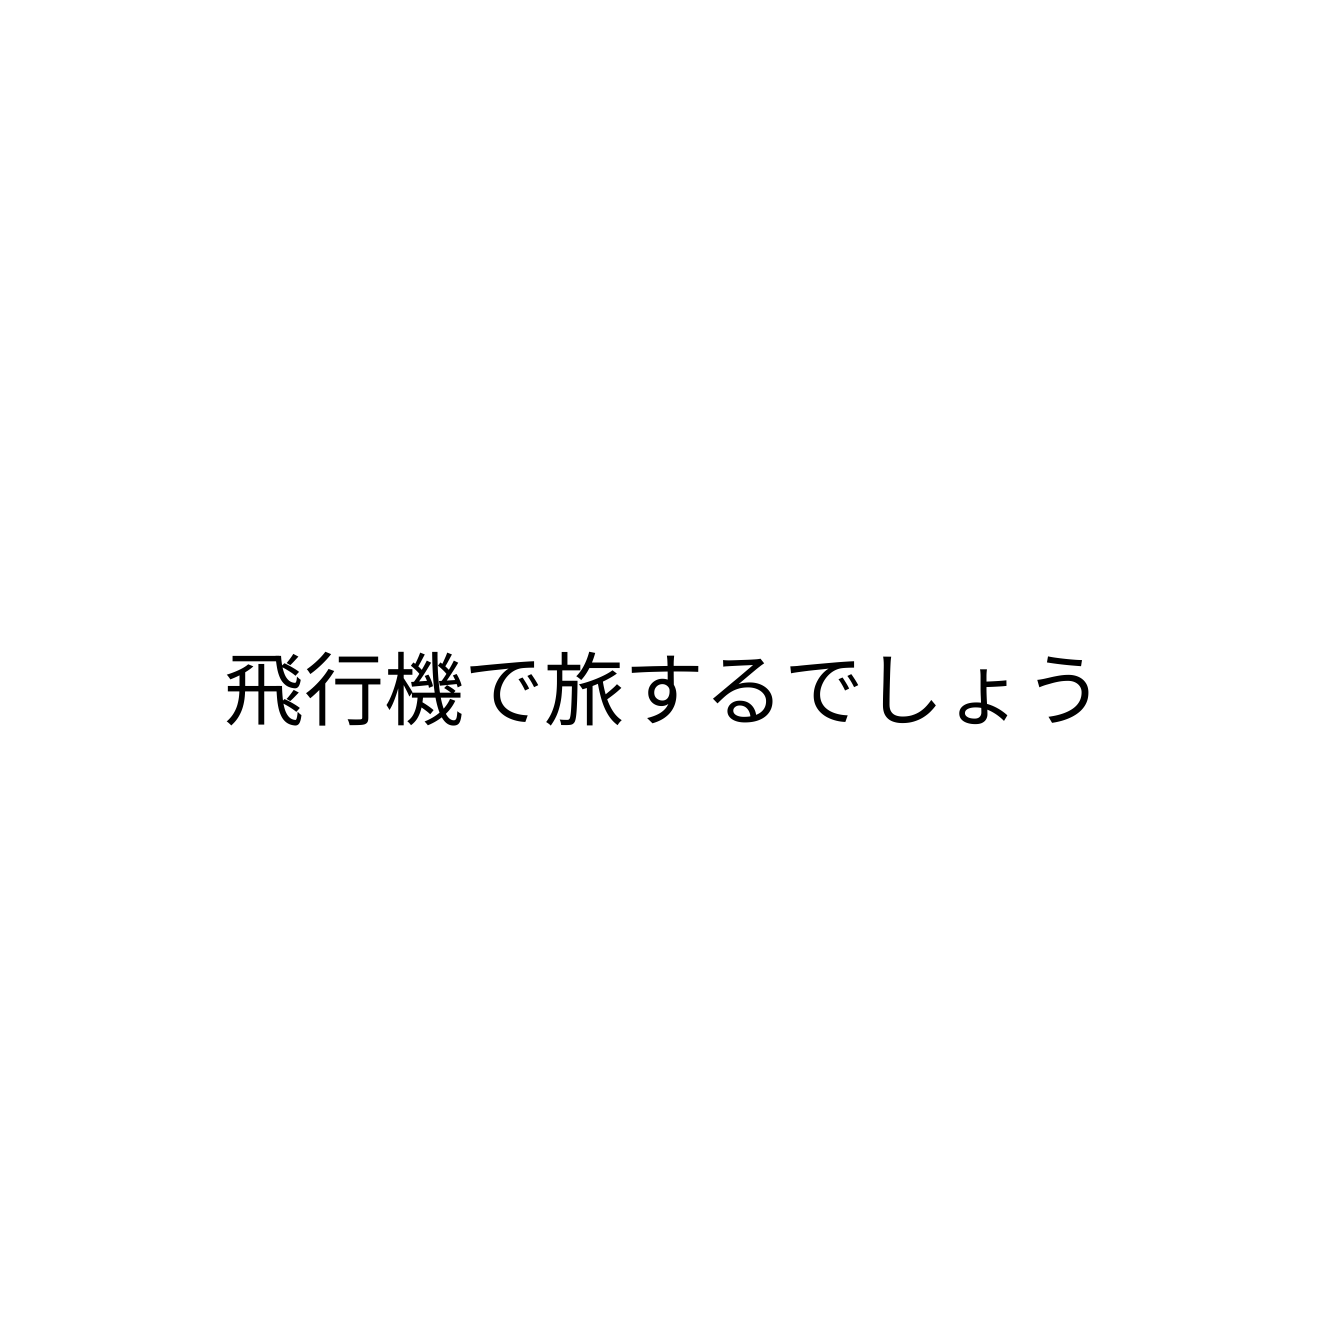
飛行機で旅するでしょう